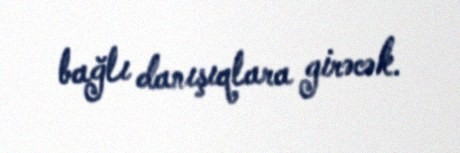
bağlı danışıqlara girəcək.